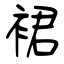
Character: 裙